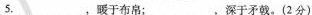
5.，___，暖于布帛；___，深于矛戟。(2分)